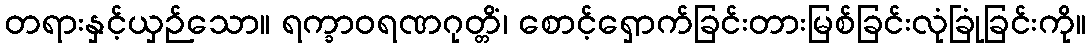
တရားနှင့်ယှဉ်သော။ ရက္ခာဝရဏဂုတ္တိံ၊ စောင့်ရှောက်ခြင်းတားမြစ်ခြင်းလုံခြုံခြင်းကို။